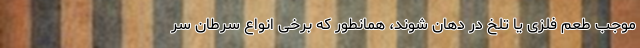
موجب طعم فلزی یا تلخ در دهان شوند، همانطور که برخی انواع سرطان سر